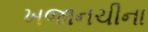
ખજાનચીના